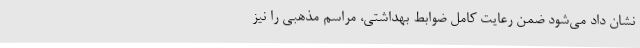
نشان داد می‌شود ضمن رعایت کامل ضوابط بهداشتی، مراسم مذهبی را نیز